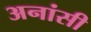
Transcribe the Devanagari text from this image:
अनांसी